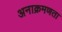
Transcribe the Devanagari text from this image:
अनाक्रमणता